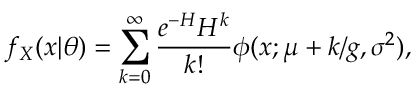
f _ { X } ( x | \theta ) = \sum _ { k = 0 } ^ { \infty } \frac { e ^ { - H } H ^ { k } } { k ! } \phi ( x ; \mu + k / g , \sigma ^ { 2 } ) ,